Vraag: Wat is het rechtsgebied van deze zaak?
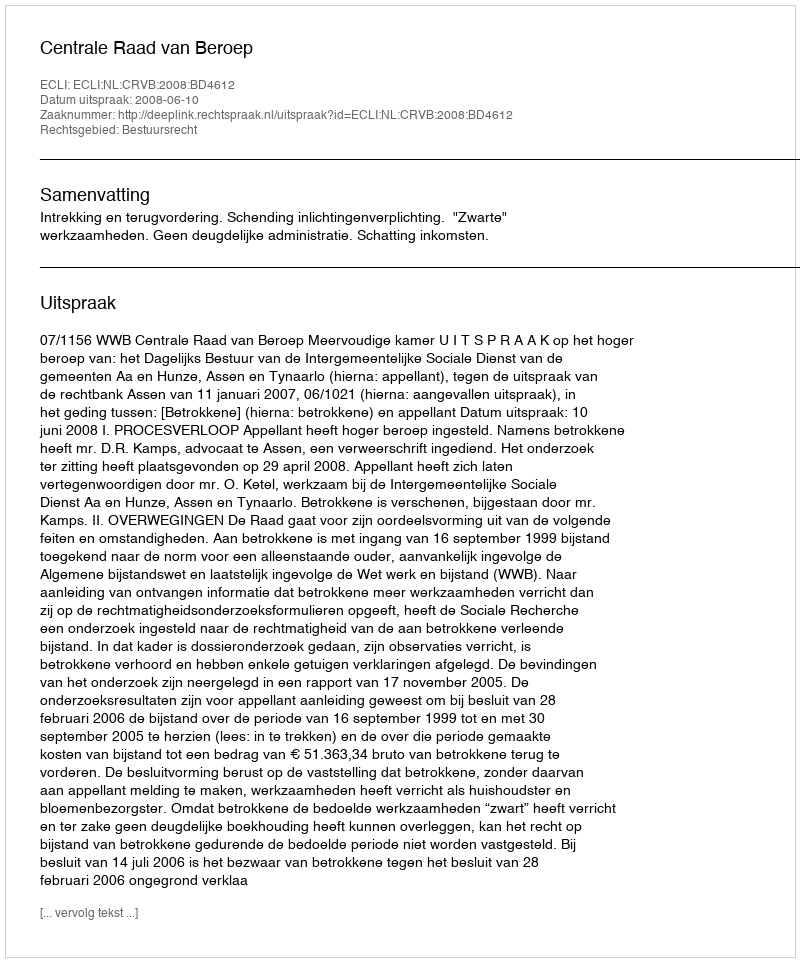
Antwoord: Bestuursrecht